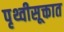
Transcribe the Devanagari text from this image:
पृथ्वीसूक्तात